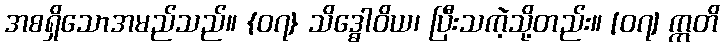
အစရှိသောအမည်သည်။ {၀၇} သိဒ္ဓေါဝိယ၊ ပြီးသကဲ့သို့တည်း။ [၀၇] ဣတိ